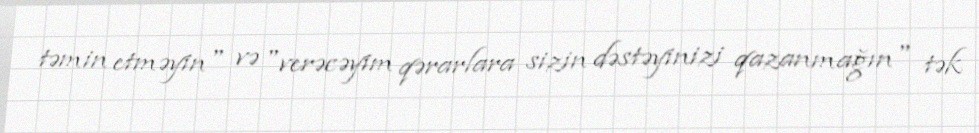
təmin etməyin" və "verəcəyim qərarlara sizin dəstəyinizi qazanmağın" tək